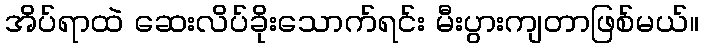
အိပ်ရာထဲ ဆေးလိပ်ခိုးသောက်ရင်း မီးပွားကျတာဖြစ်မယ်။